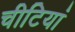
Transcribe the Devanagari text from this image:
चीटियां